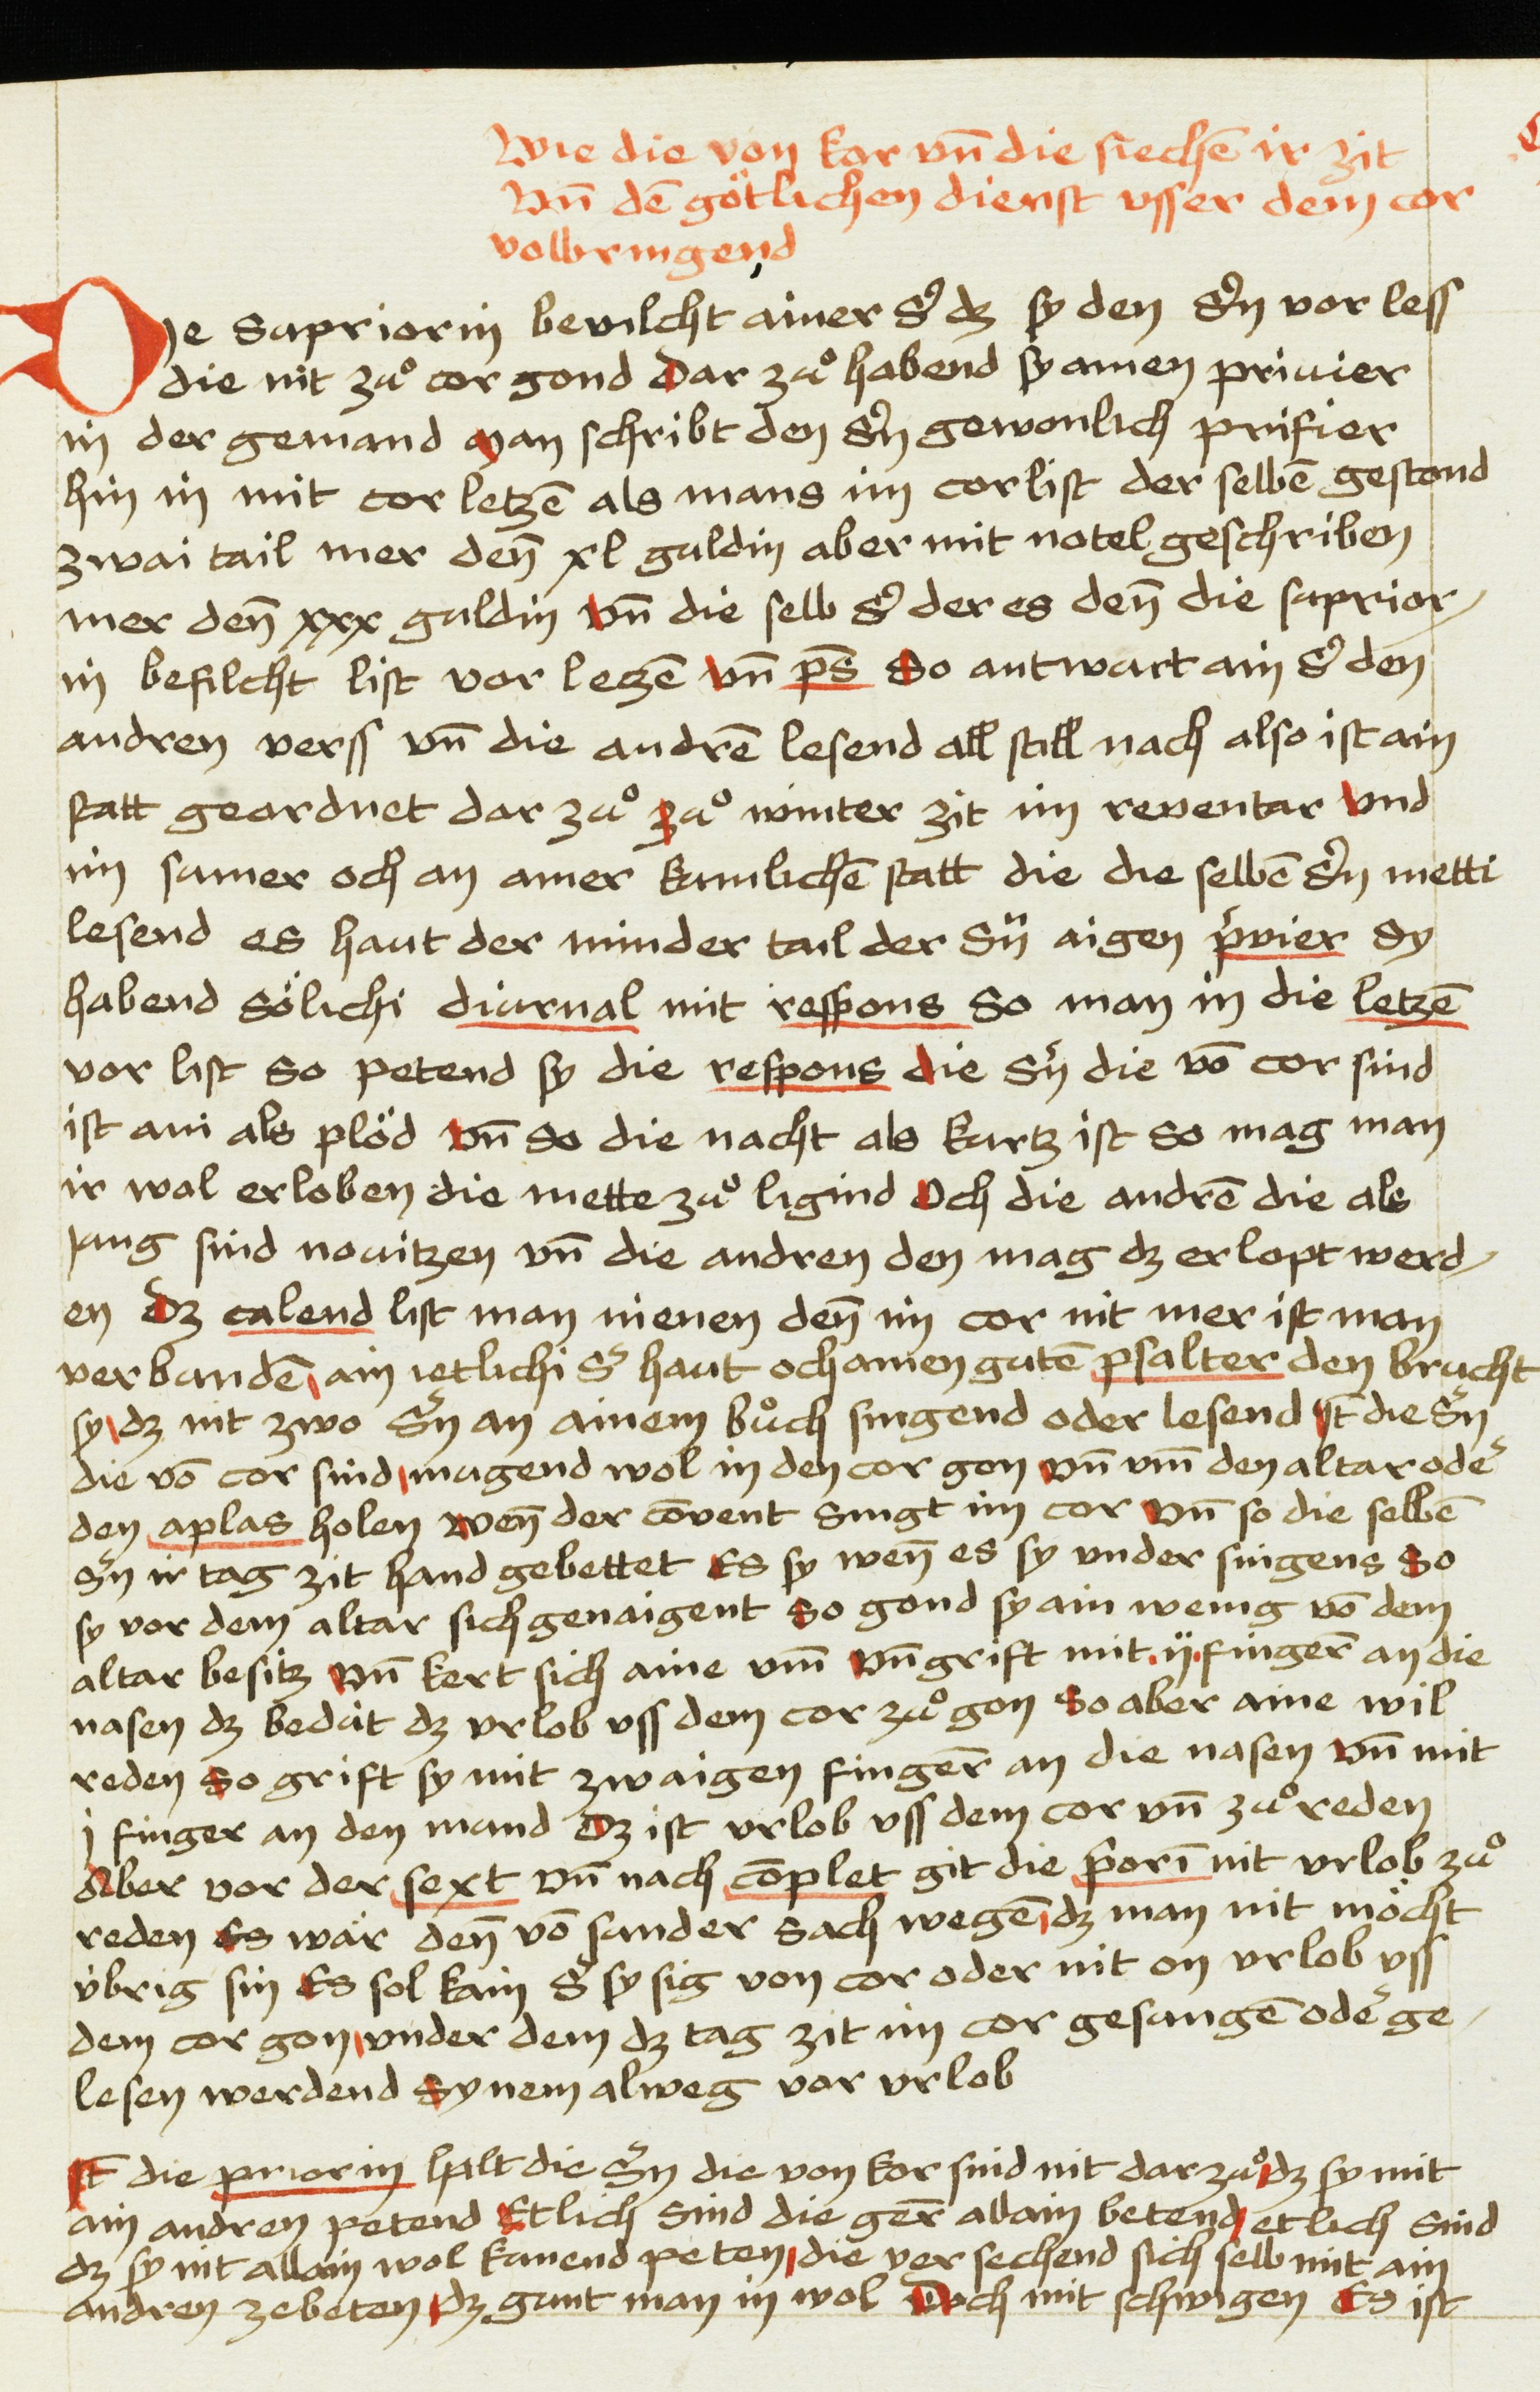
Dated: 1475–1485